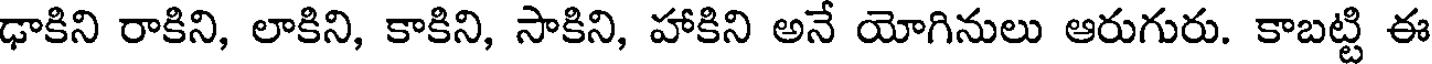
ఢాకిని రాకిని, లాకిని, కాకిని, సాకిని, హాకిని అనే యోగినులు ఆరుగురు. కాబట్టి ఈ